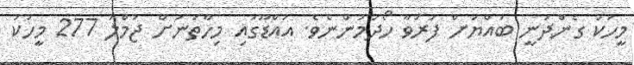
މީހަކު ގެންދަނީ ބައްޔަށް ފަރުވާ ހޯދަމުންނެވެ. އައްޑޫގައި މިހާތަނަށް ޖުމްލަ 277 މީހަކު